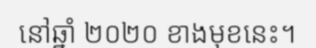
នៅឆ្នាំ ២០២០ ខាងមុខនេះ។